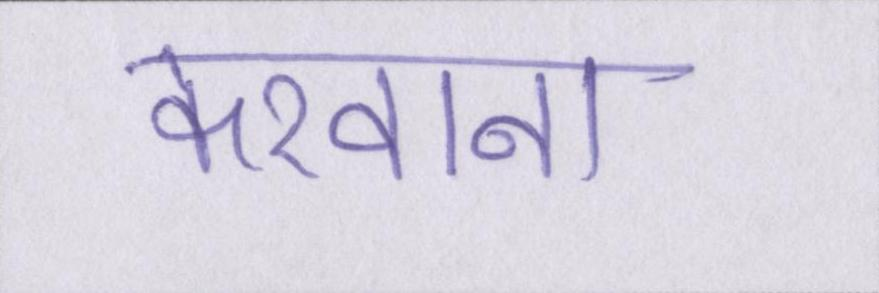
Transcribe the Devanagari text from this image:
करवाना